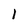
Character: 1